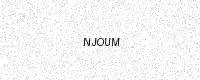
Text: NJOUM